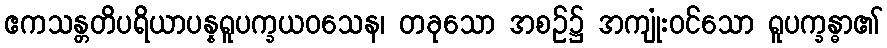
ဧကသန္တတိပရိယာပန္နရူပက္ခယဝသေန၊ တခုသော အစဉ်၌ အကျုံးဝင်သော ရူပက္ခန္ဓာ၏